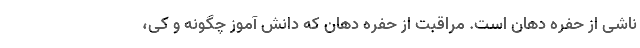
ناشی از حفره دهان است. مراقبت از حفره دهان که دانش آموز چگونه و کی،